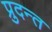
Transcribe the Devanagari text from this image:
प्रुदन्त